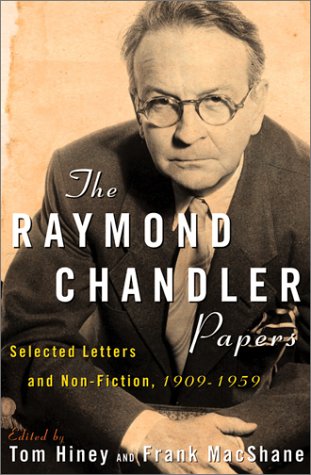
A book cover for The Raymond Chandler Papers: Selected Letters and Non-fiction, 1909-1959; Raymond Chandler; Mystery, Thriller & Suspense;